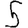
Digit: 5